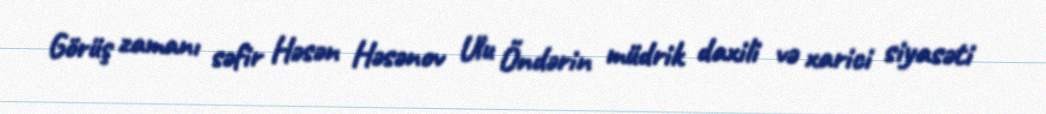
Görüş zamanı səfir Həsən Həsənov Ulu Öndərin müdrik daxili və xarici siyasəti